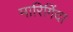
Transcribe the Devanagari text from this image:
मारिगिंदा